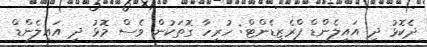
ދެކޮޅު ދި އައިލެންޑް ޕްރެޒިޑެންޓް: ހުރިހާ ގޮތަކުން ވެސް މޮޅު ދި އައިލެންޑް